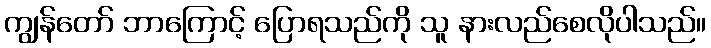
ကျွန်တော် ဘာကြောင့် ပြောရသည်ကို သူ နားလည်စေလိုပါသည်။